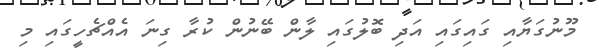
މޫނުގަޔާއި ގައިގައި އަދި ބޮލުގައި ލާން ބޭނުން ކުރާ ގިނަ އެއްޗެހީގައި މި